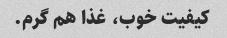
کیفیت خوب، غذا هم گرم.